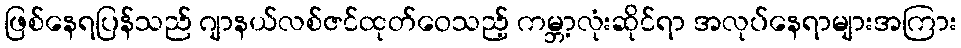
ဖြစ်နေရပြန်သည် ဂျာနယ်လစ်ဇင်ထုတ်ဝေသည့် ကမ္ဘာ့လုံးဆိုင်ရာ အလုပ်နေရာများအကြား